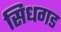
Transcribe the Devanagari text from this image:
सिधगड